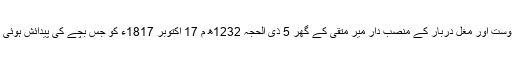
یہ ماحول تھا کہ مغل شہنشاہ اکبر شاہ کے دوست اور مغل دربار کے منصب دار میر متقی کے گھر 5 ذی الحجہ 1232ھ م 17 اکتوبر 1817ء کو جس بچے کی پیدائش ہوئی اسے سید احمد کے نام سے منسوب کیا گیا ۔